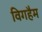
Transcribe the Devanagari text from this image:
विगहैम